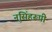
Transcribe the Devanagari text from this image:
नृसिंहरूपी